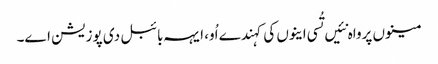
مینوں پرواہ نئیں تُسی اینوں کی کہندے اُو، ایہہ بائبل دی پوزیشن اے۔